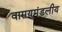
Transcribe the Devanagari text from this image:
वासयुमंडलीय